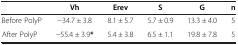
|  | Vh | Erev | S | G | n |
 | --- | --- | --- | --- | --- | --- |
 | Before PolyP | -34.7 ± 3.8 | 8.1 ± 5.7 | 5.7 ± 0.9 | 13.3 ± 4.0 | 5 |
 | After PolyP | -55.4 ± 3.9* | 5.4 ± 3.8 | 6.5 ± 1.1 | 19.8 ± 7.8 | 5 |